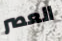
العصر